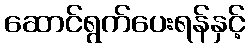
ဆောင်ရွက်ပေးရန်နှင့်